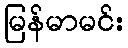
မြန်မာမင်း